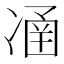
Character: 𠗴